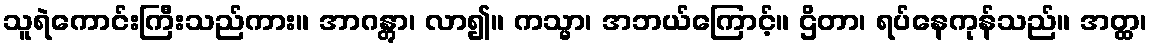
သူရဲကောင်းကြီးသည်ကား။ အာဂန္တွာ၊ လာ၍။ ကသ္မာ၊ အဘယ်ကြောင့်။ ဌိတာ၊ ရပ်နေကုန်သည်။ အတ္ထ၊